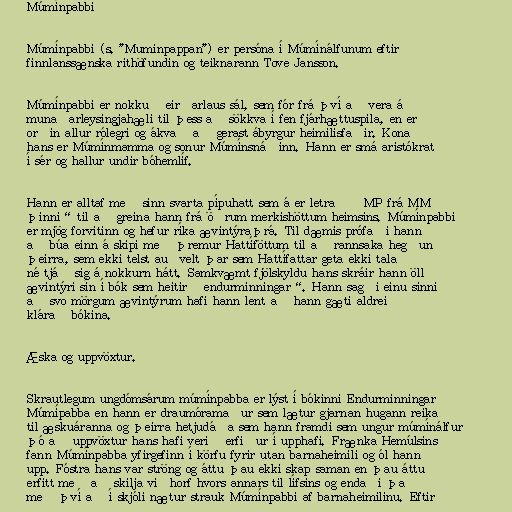
Múmínpabbi

Múmínpabbi (s. "Muminpappan") er persóna í Múmínálfunum eftir
finnlanssænska rithöfundin og teiknarann Tove Jansson.

Múmínpabbi er nokkuð eirðarlaus sál, sem fór frá því að vera á
munaðarleysingjahæli til þess að sökkva í fen fjárhættuspila, en er
orðin allur rólegri og ákvað að gerast ábyrgur heimilisfaðir. Kona
hans er Múmínmamma og sonur Múmínsnáðinn. Hann er smá aristókrat
í sér og hallur undir bóhemlíf.

Hann er alltaf með sinn svarta pípuhatt sem á er letrað „MP frá MM
þinni“ til að greina hann frá öðrum merkishöttum heimsins. Múmínpabbi
er mjög forvitinn og hefur ríka ævintýraþrá. Til dæmis prófaði hann
að búa einn á skipi með þremur Hattíföttum til að rannsaka hegðun
þeirra, sem ekki telst auðvelt þar sem Hattífattar geta ekki talað
né tjáð sig á nokkurn hátt. Samkvæmt fjölskyldu hans skráir hann öll
ævintýri sín í bók sem heitir „endurminningar“. Hann sagði einu sinni
að svo mörgum ævintýrum hafi hann lent að hann gæti aldrei
klárað bókina.

Æska og uppvöxtur.

Skrautlegum ungdómsárum múmínpabba er lýst í bókinni Endurminningar
Múmípabba en hann er draumóramaður sem lætur gjarnan hugann reika
til æskuáranna og þeirra hetjudáða sem hann framdi sem ungur múmínálfur
þó að uppvöxtur hans hafi verið erfiður í upphafi. Frænka Hemúlsins
fann Múmínpabba yfirgefinn í körfu fyrir utan barnaheimili og ól hann
upp. Fóstra hans var ströng og áttu þau ekki skap saman en þau áttu
erfitt með að skilja viðhorf hvors annars til lífsins og endaði það
með því að í skjóli nætur strauk Múmínpabbi af barnaheimilinu. Eftir